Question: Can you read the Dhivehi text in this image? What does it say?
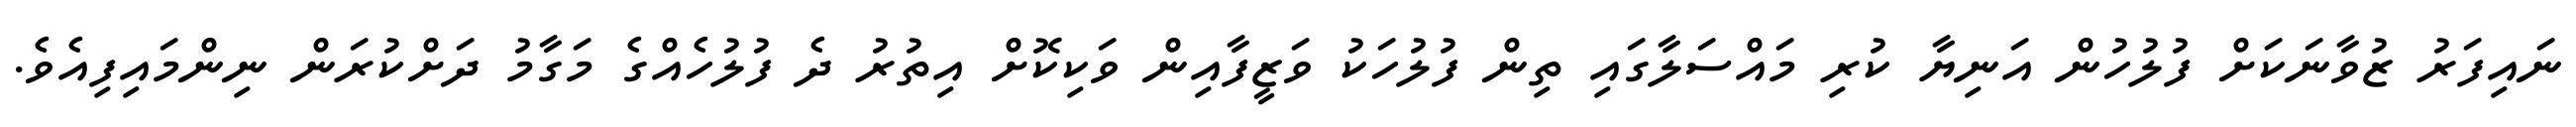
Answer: ނައިފަރު ޒުވާނަކަށް ފުލުހުން އަނިޔާ ކުރި މައްސަލާގައި ތިން ފުލުހަކު ވަޒީފާއިން ވަކިކޮށް އިތުރު ދެ ފުލުހެއްގެ މަގާމު ދަށްކުރަން ނިންމައިފިއެވެ.